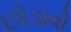
છોડાવો